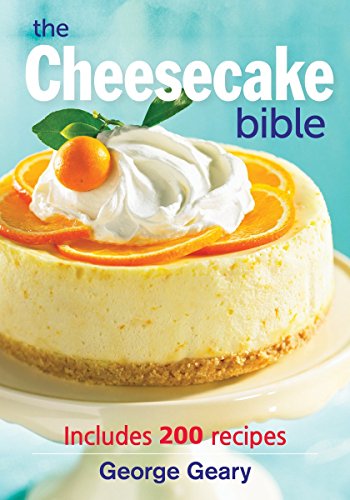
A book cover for The Cheesecake Bible: Includes 200 Recipes; George Geary; Cookbooks, Food & Wine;